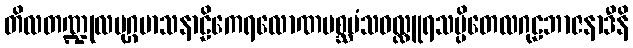
တိလတဏ္ဍုလမုဂ္ဂမာသနာဠိကေရလောဏမစ္ဆမံသဝလ္လူရသပ္ပိတေလဂုဠဘာဇနာဒီနိ